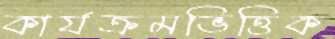
কার্যক্রমভিত্তিক